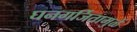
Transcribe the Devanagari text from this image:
घनगर्जितामुळें